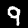
Digit: 9